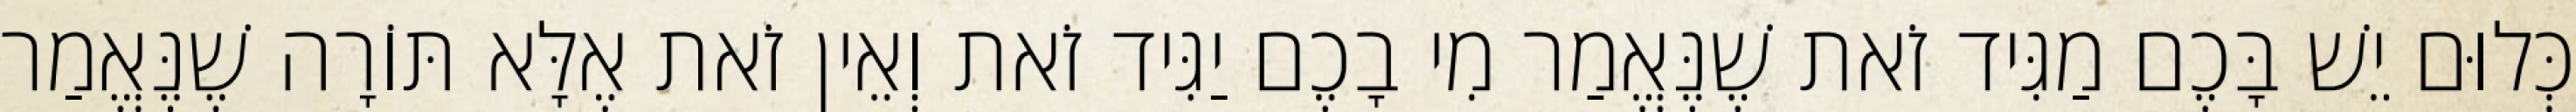
כְּלוּם יֵשׁ בָּכֶם מַגִּיד זֹאת שֶׁנֶּאֱמַר מִי בָכֶם יַגִּיד זֹאת וְאֵין זֹאת אֶלָּא תּוֹרָה שֶׁנֶּאֱמַר